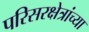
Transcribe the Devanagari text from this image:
परिसरक्षेत्रांच्या